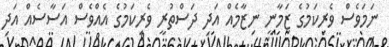
ނަމަވެސް ވެރިކަމުގެ ޒަމާނީ ނިޒާމެއް އަދި ދަސްތުރީ ވެރިކަމުގެ އެއްވެސް އަސާސެއް އަދި